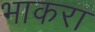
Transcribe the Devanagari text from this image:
भाकरा